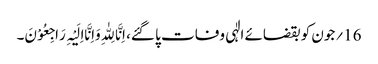
16؍جون کو بقضائے الٰہی وفات پا گئے، اِنَّا لِلّٰہِ وَاِنَّااِلَیْہِ رَاجِعُوْنَ۔